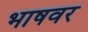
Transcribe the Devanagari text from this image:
भाषवर